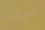
تريد